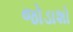
જોડાશો